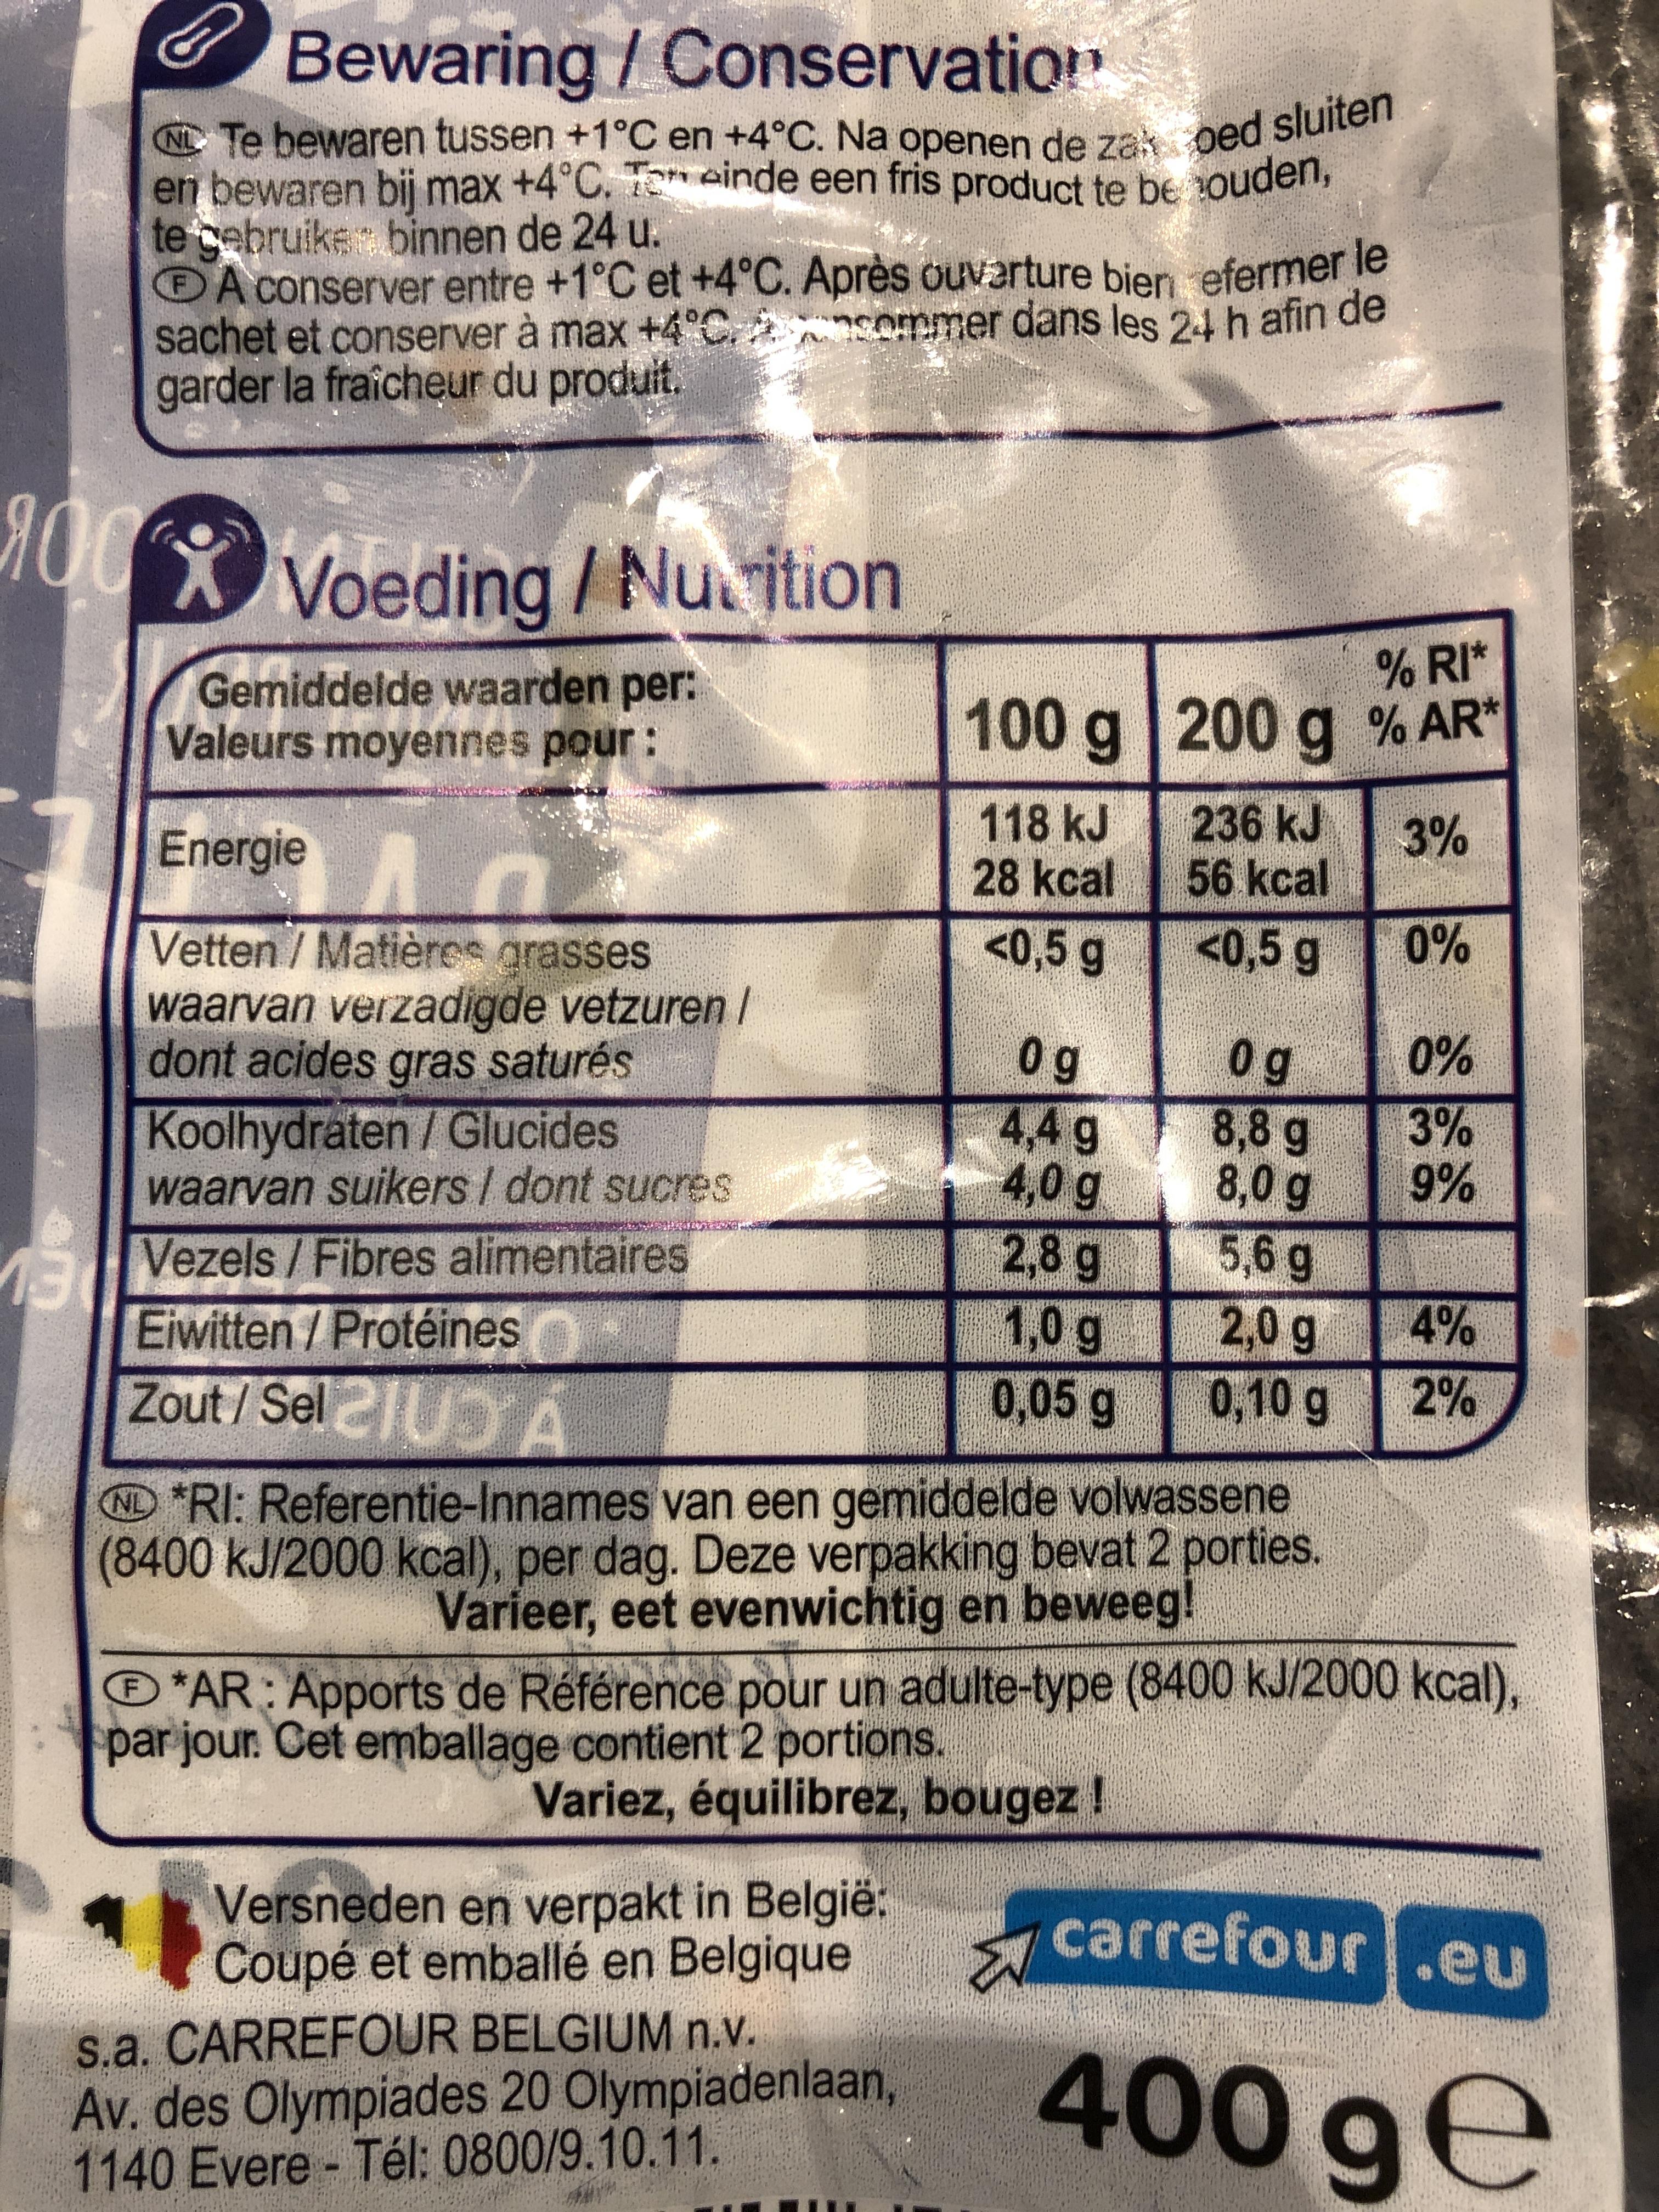
Bewaring /Conservation
N Te bewaren tussen +1°C en +4°C. Na openen de zak oed sluiten en bewaren bij max +4°C. Ter einde een fris product te be ouden, te gebruike binnen de 24 u. ®A conserver entre +1°C et +4°C. Après ouvarture bier efermer le sachet et conserver à max +4°C. garder la fraîcheur du produit.
sommer dans les 24 h afin de
Voeding/Nu ition
Gemiddelde waarden per: Valeurs moyennes pour:
% RI* 200g % AR*
100g
1
118 kJ 28 kcal <0,5 g
236 kJ 56kcal
Energie
3%
<0,5 g
0%
Vetten / Matières grasses waarvan verzadigde vetzuren / dont acides gras saturés
0% 3% 9%
0g 4,4 g 4,0 g 2,8g 1,0 g 0,05 g 0,10 g
0g 8,8 g 8,0 g 5,6g 2,0g
Koolhydraten / Glucides waarvan suikers / dont sucres
Vezels/Fibres alimentaires
Eiwitten / Protéines
4%
Zout/Sel 21U A
2%
ND *RI: Referentie-Innames van een gemiddelde volwassene (8400 kJ/2000 kcal), per dag. Deze verpakking bevat 2 porties. Varieer, eet evenwichtig en beweeg!
*AR: Apports de Référence pour un adulte-type (8400 kJ/2000 kcal), par jour. Cet emballage contient 2 portions.
Variez, équilibrez, bougez!
Versneden en verpakt in België: Coupé et emballé en Belgique
carrefour
.eu
%23
s.a. CARREFOUR BELGIUM n.v. Av. des Olympiades 20 Olympiadenlaan, 1140 Evere - Tél: 0800/9.10.11.
400 ge